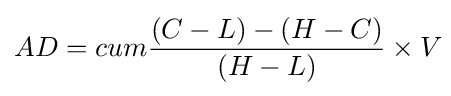
AD=cum{\frac {(C-L)-(H-C)}{(H-L)}}\times V\!